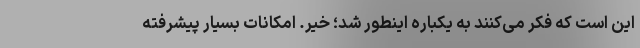
این است که فکر می‌کنند به یکباره اینطور شد؛ خیر. امکانات بسیار پیشرفته